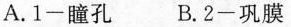
A. 1-瞳孔 B.2-巩膜